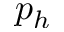
p _ { h }